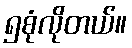
၅စုံလိုတယ်။